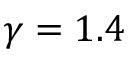
\gamma = 1 . 4